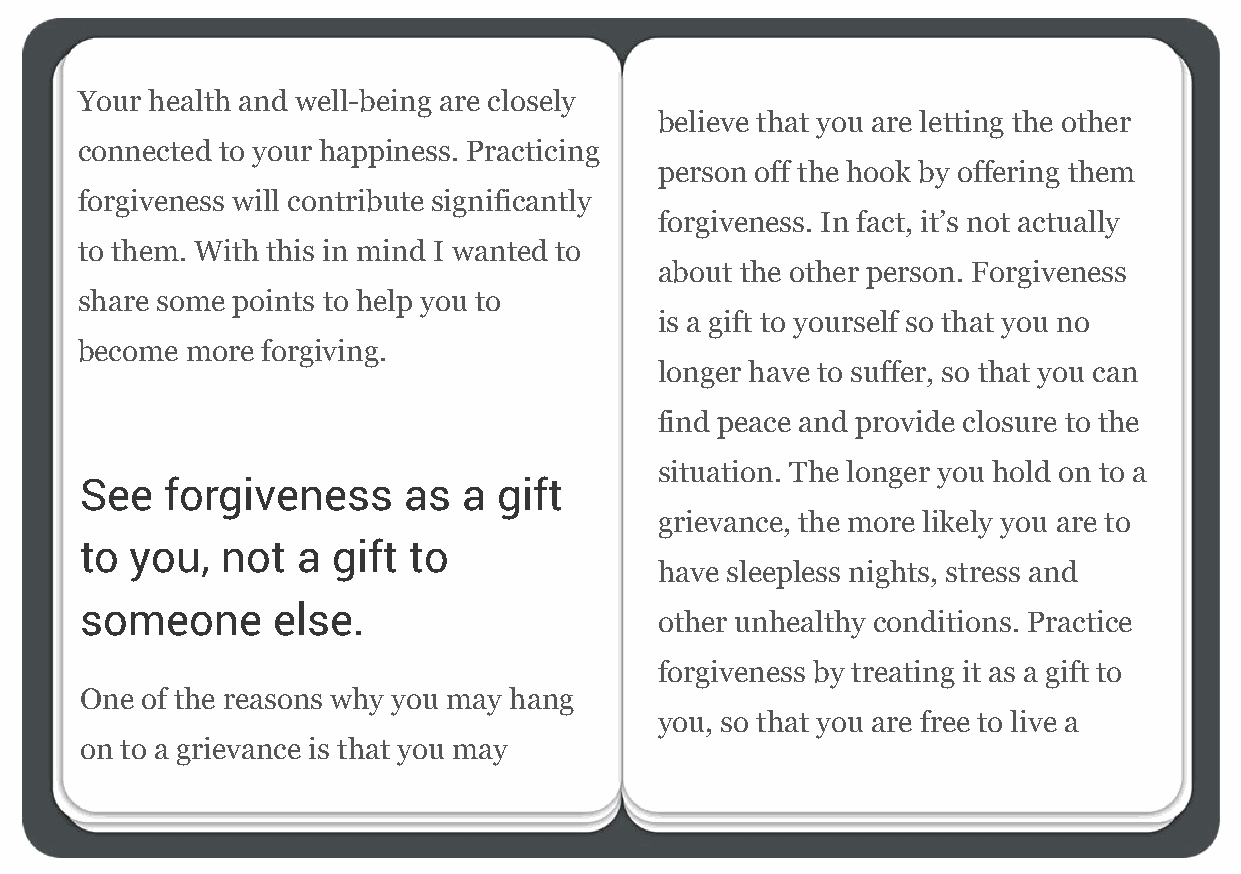
Your health and well-being are closely
 believe that you are letting the other
 connected to your happiness. Practicing
 person off the hook by offering them
 forgiveness will contribute significantly
 forgiveness. In fact, it’s not actually
 to them. With this in mind I wanted to
 about the other person. Forgiveness
 share some points to help you to
 is a gift to yourself so that you no
 become more forgiving.
 longer have to suffer, so that you can
 find peace and provide closure to the
 situation. The longer you hold on to a
 See   forgiveness     as  a gift
 grievance, the more likely you are to
 to  you,  not  a gift to
 have sleepless nights, stress and
 someone      else.                     other unhealthy conditions. Practice
 forgiveness by treating it as a gift to
 One of the reasons why you may hang
 you, so that you are free to live a
 on to a grievance is that you may